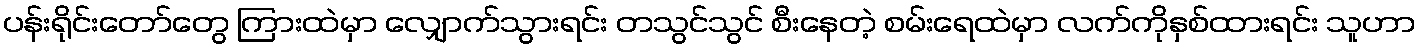
ပန်းရိုင်းတော်တွေ ကြားထဲမှာ လျှောက်သွားရင်း တသွင်သွင် စီးနေတဲ့ စမ်းရေထဲမှာ လက်ကိုနှစ်ထားရင်း သူဟာ